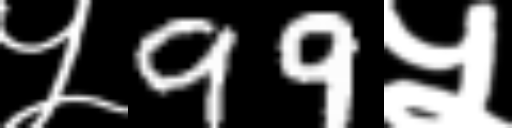
Text: ५99५